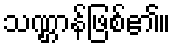
သဏ္ဌာန်ဖြစ်၏။